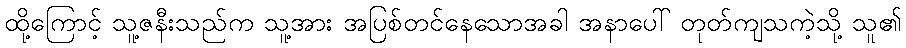
ထို့ကြောင့် သူ့ဇနီးသည်က သူ့အား အပြစ်တင်နေသောအခါ အနာပေါ် တုတ်ကျသကဲ့သို့ သူ၏